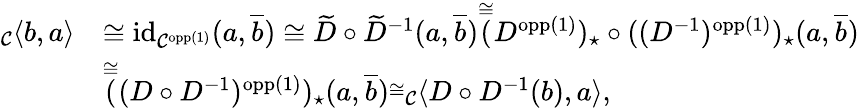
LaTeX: \begin{array}{rl}{_{\mathcal{C}}\langle b,a\rangle}&{\cong\textnormal{id}_{\mathcal{C}^{\textnormal{opp}(1)}}(a,\overline{{b}})\cong\widetilde{D}\circ\widetilde{D}^{-1}(a,\overline{{b}})\overset{\cong}(D^{\textnormal{opp}(1)})_{\star}\circ((D^{-1})^{\textnormal{opp}(1)})_{\star}(a,\overline{{b}})}\\ &{\overset{\cong}((D\circ D^{-1})^{\textnormal{opp}(1)})_{\star}(a,\overline{{b}})\overset{\cong}\ _{\mathcal{C}}\langle D\circ D^{-1}(b),a\rangle,}\end{array}